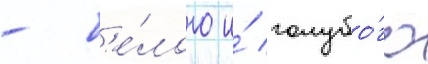
- б'е́лого и́ голубо́го